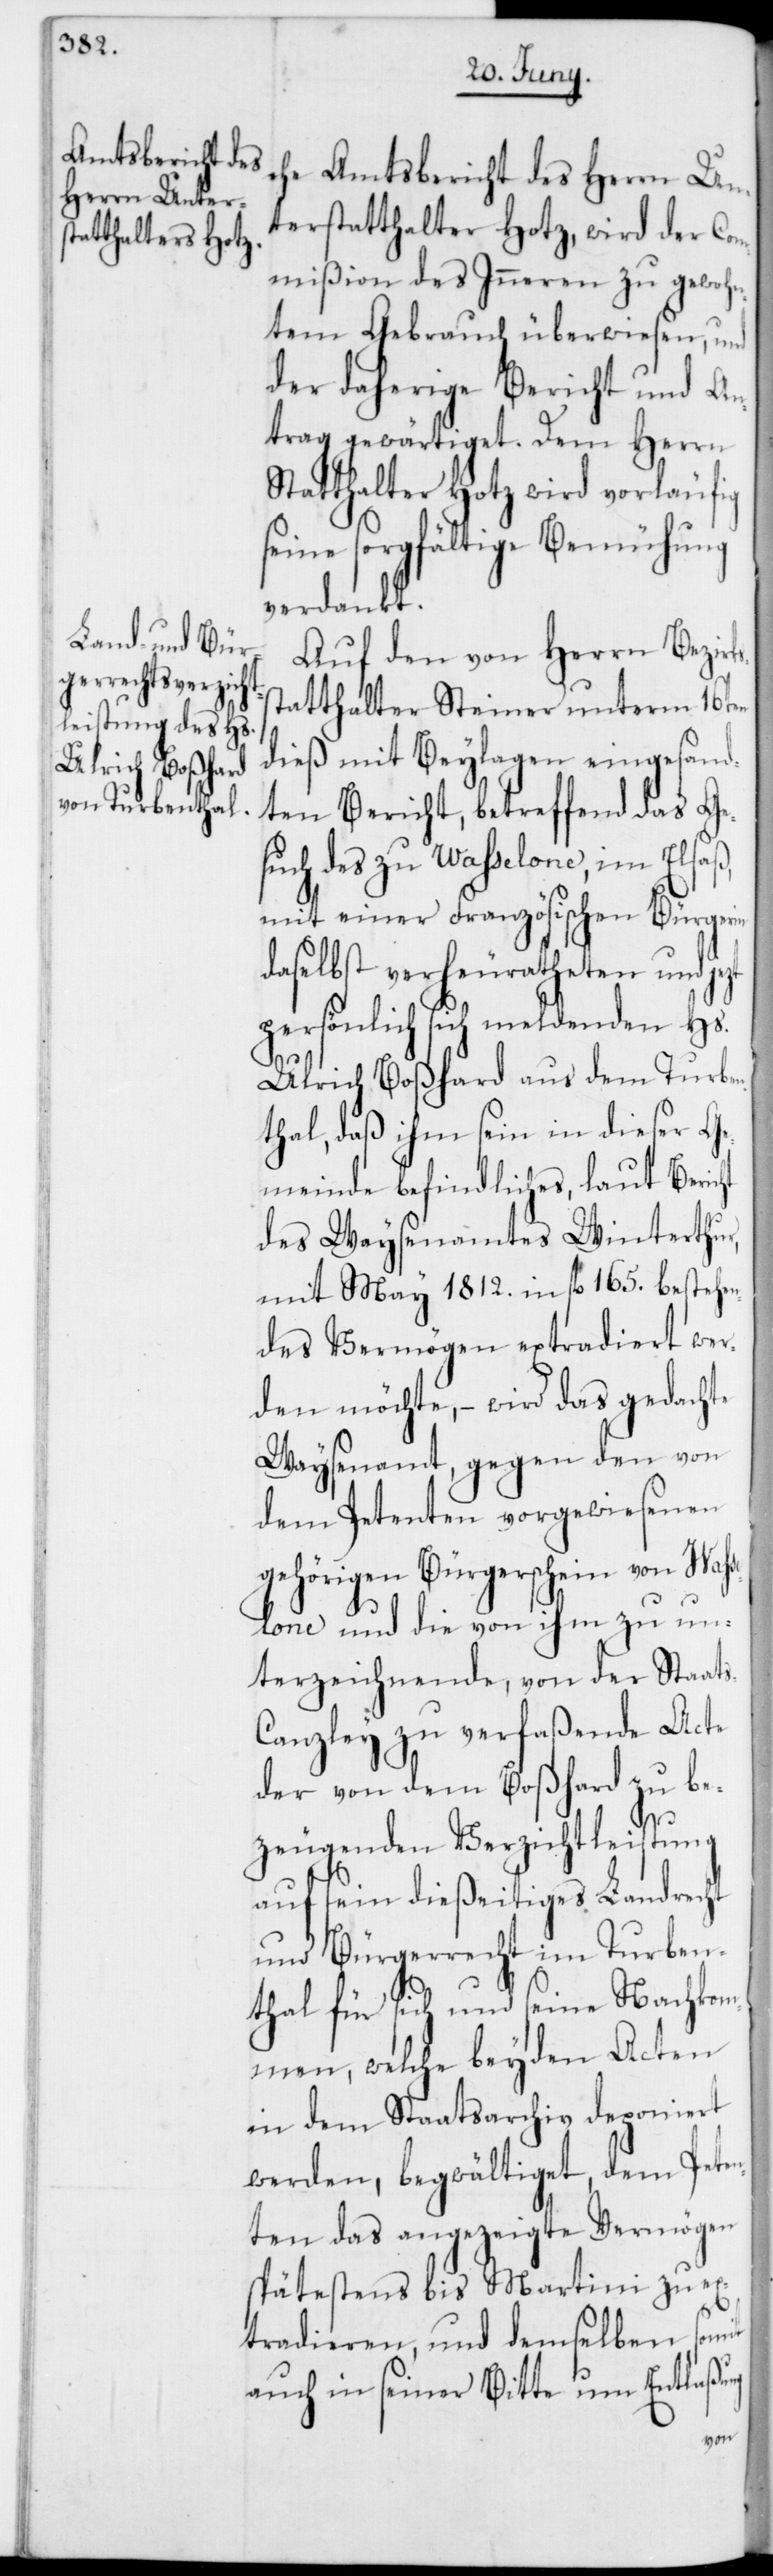
che Amtsbericht des Herrn Un¬
terstatthalter Hotz, wird der Co¬
mmißion des Inneren zu gewohn¬
tem Gebrauch überwiesen, und
der daherige Bericht und An¬
trag gewärtiget. Dem Herrn
Statthalter Hotz wird vorläufig
seine sorgfältige Bemühung
verdankt.
Auf den von Herrn Bezirk¬
statthalter Steiner unterm 16ten
dieß mit Beylagen eingesand¬
ten Bericht, betreffend das Ge¬
such des zu Wasselone, im Elsaß,
mit einer Französischen Bürgerin
daselbst verheuratheten und jezt
persönlich sich meldenden Hs.
Ulrich Boßhard aus dem Turbe¬
nthal, daß ihm sein in dieser Ge¬
meinde befindliches, laut Bericht
des Waysenamtes Winterthur
mit May 1812. in fl. 165. bestehen¬
des Vermögen extradiert wer¬
den möchte, – wird das gedachte
Waysenamt gegen den von
dem Petenten vorgewiesenen
gehörigen Bürgerschein von Was¬
selone und die von ihm zu un¬
terzeichnende, von der Staat¬
anzley zu verfaßende Acte
der von dem Boßhard zu be¬
ng
zeugenden Verzichtleistung
auf sein dießeitiges Landrecht
und Bürgerrecht im Turben¬
thal für sich und seine Nachkom¬
men, welche bey den Acten
in dem Staatsarchiv deponiert
werden, begwältiget, dem Pete¬
nten das angezeigte Vermögen
spätestens bis Martini zu ex¬
tradieren, und demselben somit
auch in seiner Bitte um Entlaßu¬